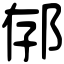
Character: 𨚲